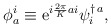
\begin{align*}\phi_a^i \equiv {\rm e}^{i{2\pi\over K}ai}\psi^{\dagger\, a}_i ,\end{align*}